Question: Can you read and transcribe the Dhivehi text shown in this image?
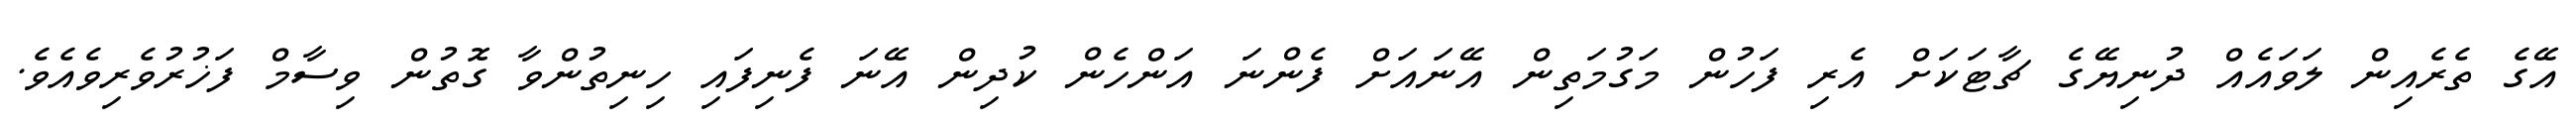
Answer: އޭގެ ތެރެއިން ލަވައެއް ދުނިޔޭގެ ޗާޓަކަށް އެރި ފަހުން މަގުމަތިން އޭނައަށް ފެންނަ އަންހެން ކުދިން އޭނަ ފެނިފައި ހިނިތުންވާ ގޮތުން ވިސާމް ފަޚުރުވެރިވެއެވެ.